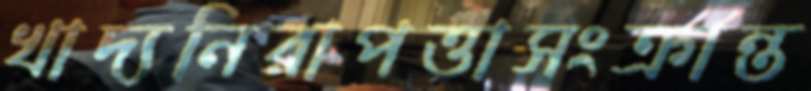
খাদ্যনিরাপত্তাসংক্রান্ত